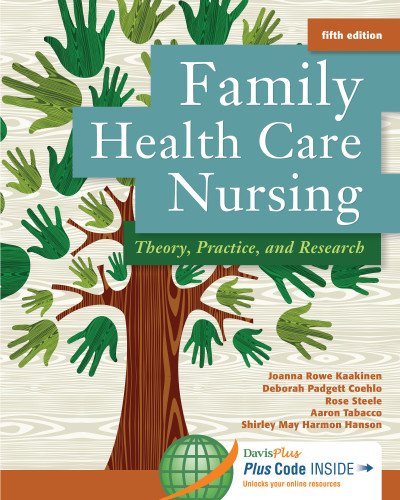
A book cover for Family Health Care Nursing: Theory, Practice, and Research; Joanna Rowe Kaakinen RN  PhD  PNP; Medical Books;